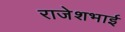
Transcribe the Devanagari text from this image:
राजेशभाई